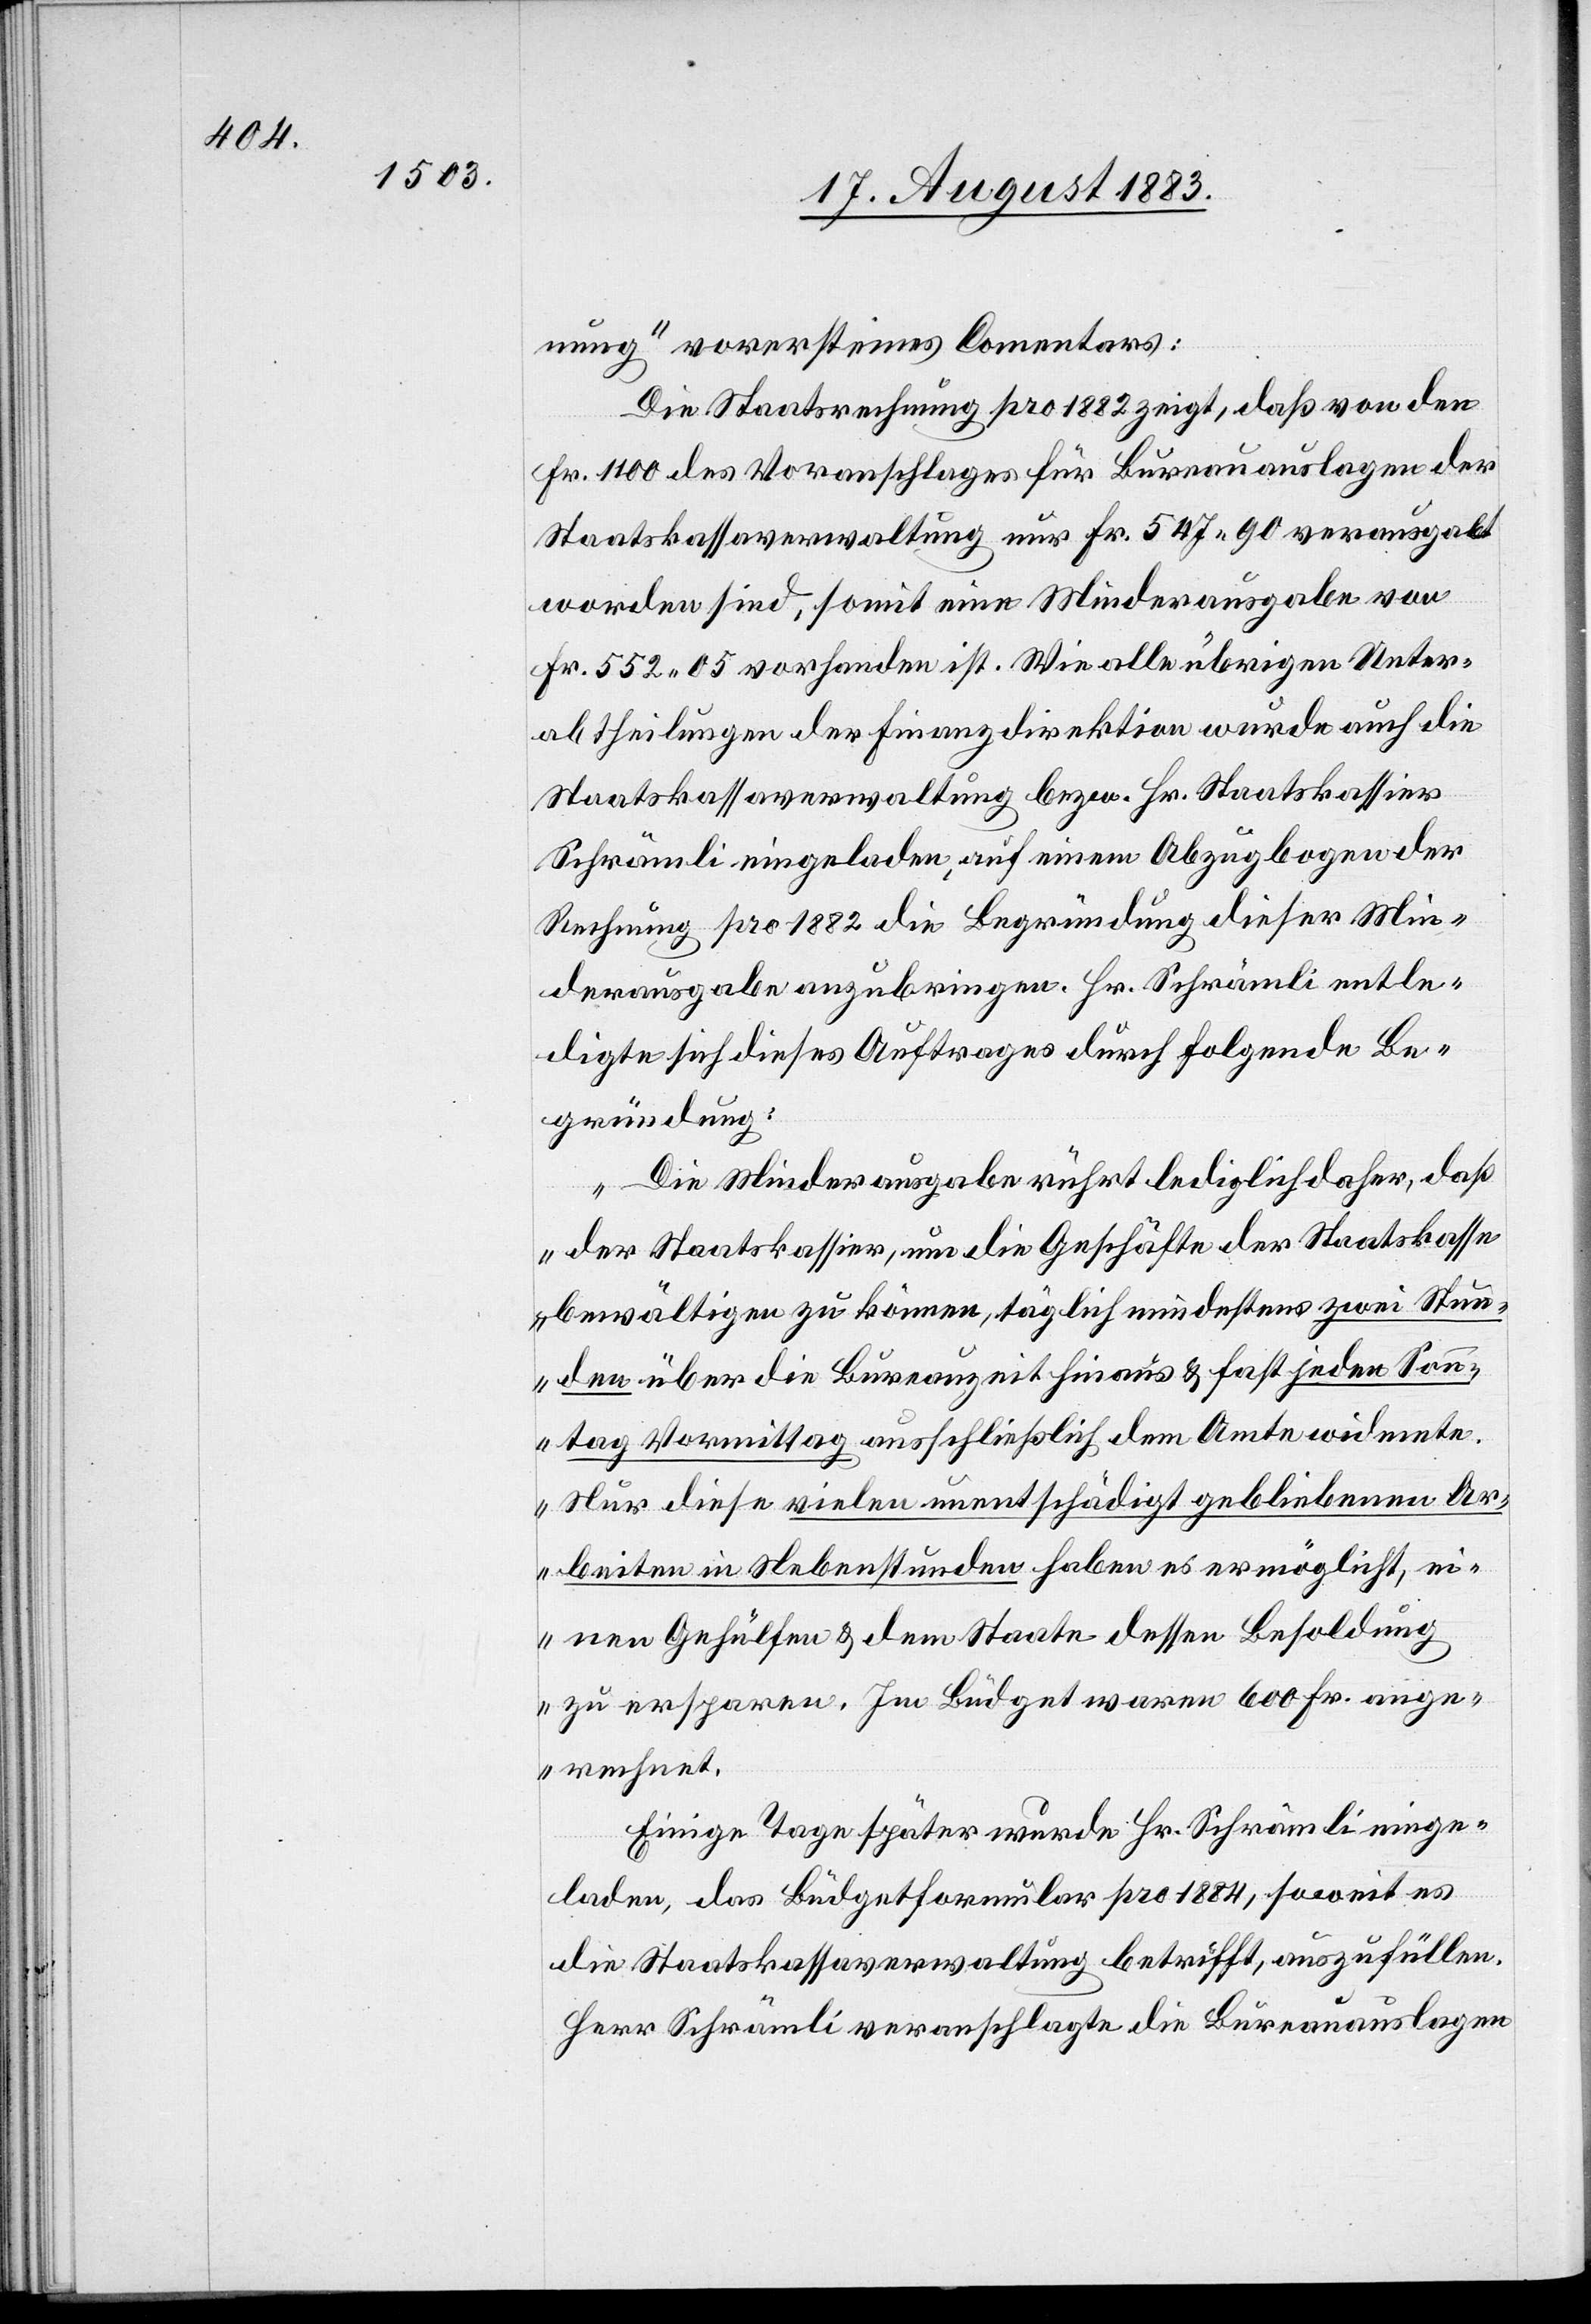
nung“ vorerst eines Comentars:
Die Staatsrechnung pro 1882 zeigt, daß von den
Fr. 1100 des Voranschlages für Bureauauslagen der
Staatskassaverwaltung nur Fr. 547 90 verausgabt
worden sind, somit eine Minderausgabe von
Fr. 552 05 [sic!] vorhanden ist. Wie alle übrigen Unter¬
abtheilungen der Finanzdirektion wurde auch die
Staatskassaverwaltung bezw. Hr. Staatskassier
Schrämli eingeladen, auf einem Abzugbogen der
Rechnung pro 1882 die Begründung dieser Min¬
derausgabe anzubringen. Hr. Schrämli entle¬
digte sich dieses Auftrages durch folgende Be¬
gründung:
„Die Minderausgabe rührt lediglich daher, daß
der Staatskassier, um die Geschäfte der Staatskasse
bewältigen zu können, täglich mindestens zwei Stun¬
den über die Bureauzeit hinaus & fast jeden Son¬
ntag Vormittag ausschließlich dem Amte widmete.
Nur diese vielen untentschädigt gebliebenen Ar¬
beiten in Nebenstunden haben es ermöglicht, ei¬
nen Gehülfen & dem Staate dessen Besoldung
zu ersparen. Im Büdget waren 600 Fr. ange¬
rechnet.“
Einige Tage später wurde Hr. Schrämli einge¬
laden, das Büdgetformular pro 1884, soweit es
die Staatskassaverwaltung betrifft, auszufüllen.
Herr Schrämli veranschlagte die Bureauauslagen